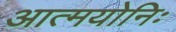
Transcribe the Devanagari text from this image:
आत्मयोनिः